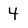
Character: 4